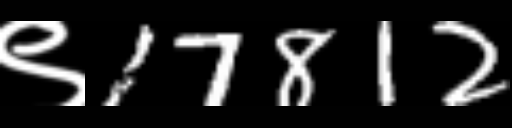
Text: ९17812